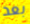
بعد